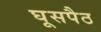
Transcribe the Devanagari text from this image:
घूसपैठ